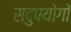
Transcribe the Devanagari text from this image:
सदुपयोगों